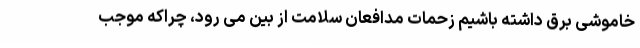
خاموشی برق داشته باشیم زحمات مدافعان سلامت از بین می رود، چراکه موجب